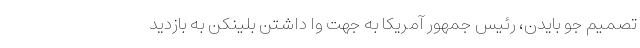
تصمیم جو بایدن، رئیس جمهور آمریکا به جهت وا داشتن بلینکن به بازدید